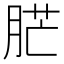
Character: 𦛿